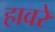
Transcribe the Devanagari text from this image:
हावरे